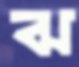
ঝ